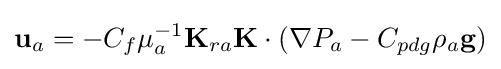
\mathbf {u} _{a}=-C_{f}\mu _{a}^{-1}\mathbf {K} _{ra}\mathbf {K} \cdot \left(\nabla P_{a}-C_{pdg}\rho _{a}\mathbf {g} \right)